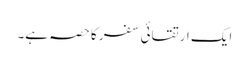
ایک ارتقائی سفر کا حصہ ہے۔